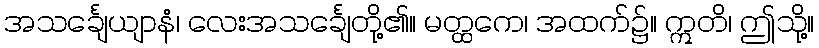
အသင်္ချေယျာနံ၊ လေးအသင်္ချေတို့၏။ မတ္ထကေ၊ အထက်၌။ ဣတိ၊ ဤသို့။